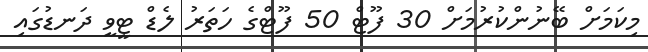
މިކަމަށް ބޭނުންކުރުމަށް 30 ފޫޓް 50 ފޫޓްގެ ހަތަރު ލެޑް ޓީވީ ދަނޑުގައި